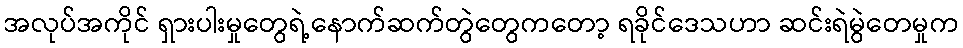
အလုပ်အကိုင် ရှားပါးမှုတွေရဲ့နောက်ဆက်တွဲတွေကတော့ ရခိုင်ဒေသဟာ ဆင်းရဲမွဲတေမှုက